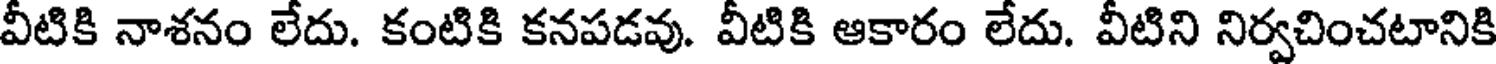
వీటికి నాశనం లేదు. కంటికి కనపడవు. వీటికి ఆకారం లేదు. వీటిని నిర్వచించటానికి